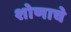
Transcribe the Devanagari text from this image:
शोणाचे